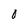
Character: O